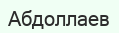
Абдоллаев